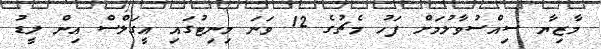
މާޒިޔާ ސިއްސުވާލުމަށް ފަހު މެޗުގެ 12 ވަނަ މިނިޓުގައި އީގަލްސް އިން ލީޑު